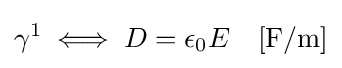
\gamma ^{1}\iff D=\epsilon _{0}E\quad \mathrm {[F/m]}